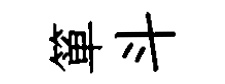
箪斗